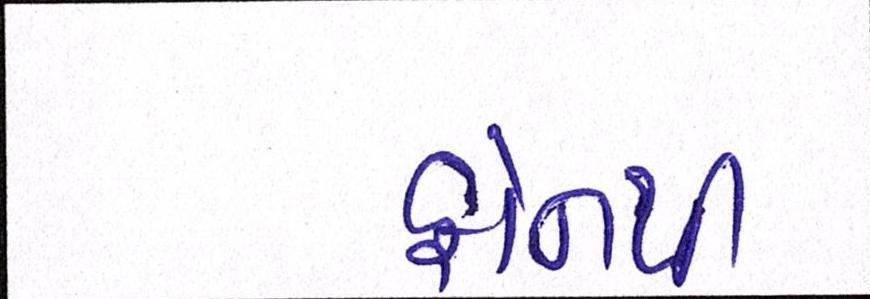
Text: ફોનથી